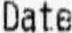
DATE